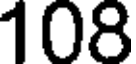
108